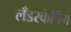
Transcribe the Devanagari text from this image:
लँडस्केपिंग